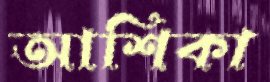
আশিকা